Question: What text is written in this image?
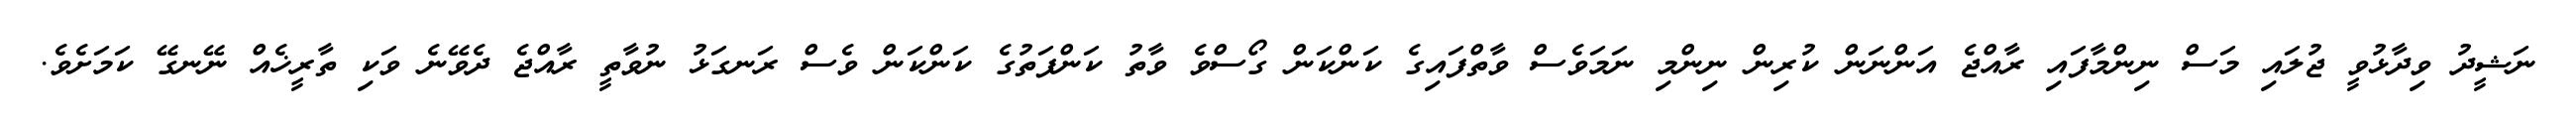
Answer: ނަޝީދު ވިދާޅުވީ ޖުލައި މަސް ނިންމާފައި ރާއްޖެ އަންނަން ކުރިން ނިންމި ނަމަވެސް ވާތްފައިގެ ކަންކަން ގޯސްވެ ވާތު ކަންފަތުގެ ކަންކަން ވެސް ރަނގަޅު ނުވާތީ ރާއްޖެ ދެވޭނެ ވަކި ތާރީޚެއް ނޭނގޭ ކަމަށެވެ.